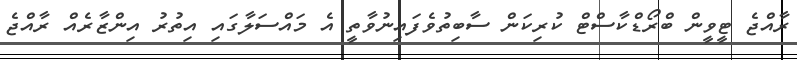
ރާއްޖެ ޓީވީން ބްރޯޑްކާސްޓް ކުރިކަން ސާބިތުވެފައިނުވާތީ އެ މައްސަލާގައި އިތުރު އިންޒާރެއް ރާއްޖެ